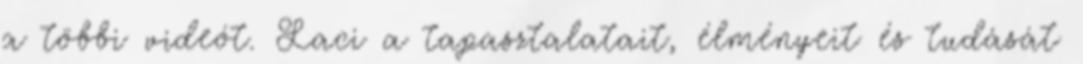
a többi videót. Laci a tapasztalatait, élményeit és tudását